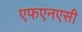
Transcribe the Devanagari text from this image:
एफएनएसी